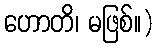
ဟောတိ၊ မဖြစ်။)